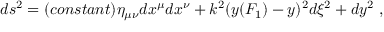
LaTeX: d s ^ { 2 } = ( c o n s t a n t ) \eta _ { \mu \nu } d x ^ { \mu } d x ^ { \nu } + k ^ { 2 } ( y ( F _ { 1 } ) - y ) ^ { 2 } d \xi ^ { 2 } + d y ^ { 2 } \; ,